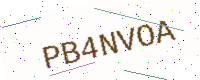
Text: PB4NVOA